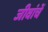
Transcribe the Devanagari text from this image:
जीवांचें